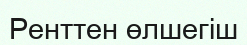
Ренттен өлшегіш